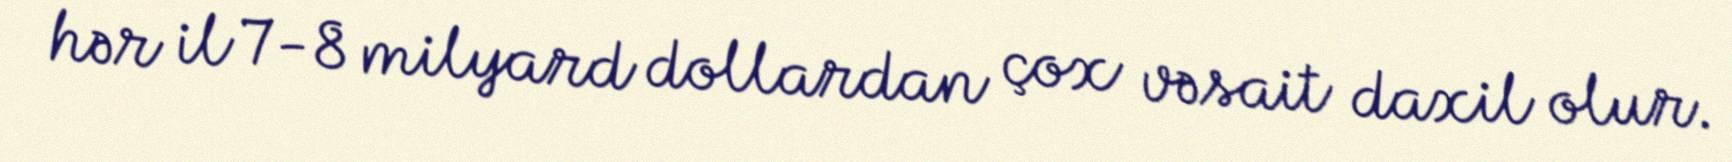
hər il 7-8 milyard dollardan çox vəsait daxil olur.